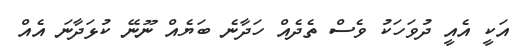
އަކީ އެއީ ދުވަހަކު ވެސް ތެދެއް ހަދާނެ ބަޔެއް ނޫނޭ ކުޅަދާނަ އެއް